Local science and art examinations and technological examinations, 1912, 1912
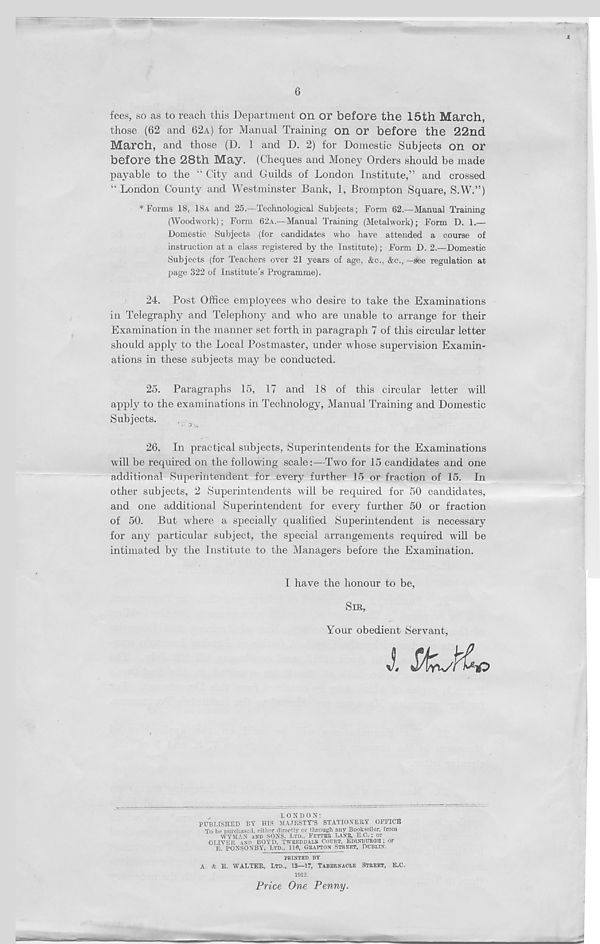
4
6
fees, so as to reach this Department on or before the 15th March,
those (62 and 62A) for Manual Training on or before the 22nd
March, and those (D. 1 and D. 2) for Domestic Subjects on or
before the 28th May. (Cheques and Money Orders should be made
payable to the “ City and Guilds of London Institute,” and crossed
“ London County and Westminster Bank, 1, Brompton Square, S.W.”)
* Forms 18, 18A and 25.—Technological Subjects; Form 62.—Manual Training
(Woodwork); Form 62A.—Manual Training (Metalwork); Form D. 1.—
Domestic Subjects (for candidates who have attended a course of
instruction at a class registered by the Institute); Form D. 2.—Domestic
Subjects (for Teachers over 21 years of age, &c., &c., —see regulation at
page 322 of Institute’s Programme).
24. Post Office employees who desire to take the Examinations
in Telegraphy and Telephony and who are unable to arrange for their
Examination in the manner set forth in paragraph 7 of this circular letter
should apply to the Local Postmaster, under whose supervision Examin-
ations in these subjects may be conducted.
25. Paragraphs 15, 17 and 18 of this circular letter will
apply to the examinations in Technology, Manual Training and Domestic
Subjects.
^
26. In practical subjects, Superintendents for the Examinations
will be required on the following scale:—Two for 15 candidates and one
additional Superintendent for every further 15 or fraction of 15. In
other subjects, 2 Superintendents will be required for 50 candidates,
and one additional Superintendent for every further 50 or fraction
of 50. But where a specially qualified Superintendent is necessary
for any particular subject, the special arrangements required will be
intimated by the Institute to the Managers before the Examination.
I have the honour to be,
SIR,
Your obedient Servant,
^
LONDOX:
PUBLISHED BY HIS MAJESTY’S STATIONERY OFFICE
To be purchased, either directly or through any Bookseller, from
WYMAN AND SONS, LTD., FETTEE LANE, E.C. ; or
OLIVER AND BOYD, TWEED DALE COURT, EDlNIumOII; or
E PONSONBY, LTD., llfl, GRAFTON STREET, DUBLIN.
PRINTED BY
A.
E. WALTER, LTD., 13—17, TABERNACLE STREET, E.C.
1912.
Price One Penny.